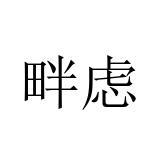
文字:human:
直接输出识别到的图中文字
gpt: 畔虑